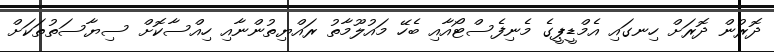
ދޮރުން ދޮރަށް ހިނގައި އެމްޑީޕީގެ މެނިފެސްޓޯއާއި ބެހޭ މައުލޫމާތު ރައްޔިތުންނާއި ހިއްސާކޮށް ސިޔާސަތުތަކަށް